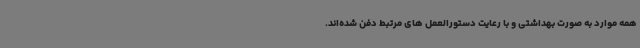
همه موارد به صورت بهداشتی و با رعایت دستورالعمل های مرتبط دفن شده‌اند.